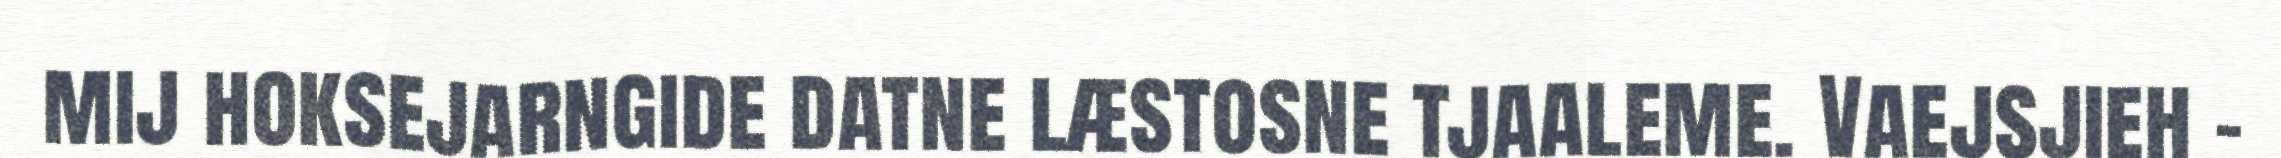
mij hoksejarngide datne læstosne tjaaleme. Vaejsjieh -